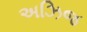
અઝિજ